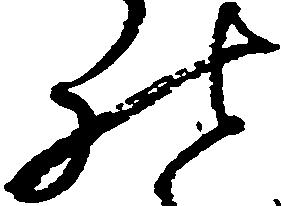
の